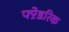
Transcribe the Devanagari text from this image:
फ्ऱेडरिक